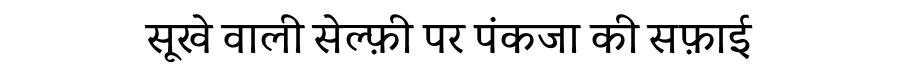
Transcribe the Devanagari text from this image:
सूखे वाली सेल्फ़ी पर पंकजा की सफ़ाई